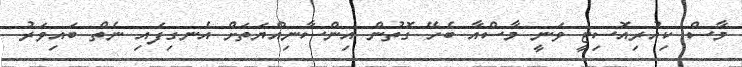
މާސް ކިއުރިއޮސިޓީ ވަނީ މާސްއާ ބެހޭ ގޮތުން އިންސާނިއްޔަތަށް އެނގިފައި ނެތް ބައިވަރު